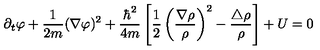
\partial _ { t } \varphi + \frac { 1 } { 2 m } ( { \mathrm { \boldmath \nabla } } \varphi ) ^ { 2 } + \frac { \hbar ^ { 2 } } { 4 m } \left[ \frac { 1 } { 2 } \left( \frac { { \mathrm { \boldmath \nabla } } \rho } { \rho } \right) ^ { 2 } - \frac { \triangle \rho } { \rho } \right] + U = 0